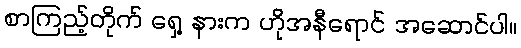
စာကြည့်တိုက် ရှေ့ နားက ဟိုအနီရောင် အဆောင်ပါ။